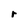
Character: r